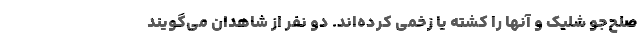
صلح‌جو شلیک و آنها را کشته یا زخمی کرده‌اند. دو نفر از شاهدان می‌گویند